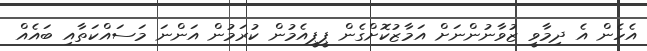
އެހެން އެ ދިމާވީ ޒުވާނުންނަށް އަމާޒުކޮށްގެން ޕީޕީއެމުން ކުރަމުން އަންނަ މަަސައްކަތާއި ބައެއް